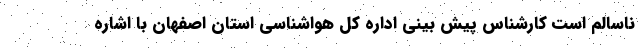
ناسالم است کارشناس پیش بینی اداره کل هواشناسی استان اصفهان با اشاره